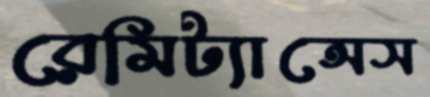
রেমিট্যান্সেস